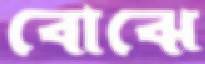
বোঝে